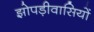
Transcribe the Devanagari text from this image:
झोपड़ीवासियों